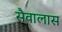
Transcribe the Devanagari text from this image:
सैवालास